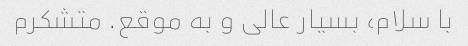
با سلام، بسیار عالی و به موقع. متشکرم